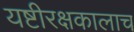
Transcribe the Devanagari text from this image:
यष्टीरक्षकालाच